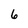
Character: 6